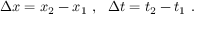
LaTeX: \Delta x = x _ { 2 } - x _ { 1 } \ , \ \ \Delta t = t _ { 2 } - t _ { 1 } \ .